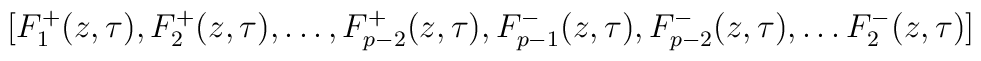
[F_1^+(z,\tau ), F_2^+(z,\tau ), \ldots ,F_{p-2}^+(z,\tau ), F_{p-1}^-(z,\tau), F_{p-2}^-(z,\tau), \ldots F_2^-(z,\tau )]